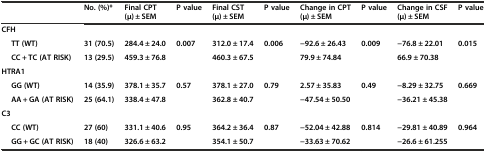
<table><thead><tr><td></td><td><b>No. (%)*</b></td><td><b>Final CPT (μ) ± SEM</b></td><td><b>P value</b></td><td><b>Final CST (μ) ± SEM</b></td><td><b>P value</b></td><td><b>Change in CPT (μ) ± SEM</b></td><td><b>P value</b></td><td><b>Change in CSF (μ) ± SEM</b></td><td><b>P value</b></td></tr></thead><tbody><tr><td><b>CFH</b></td><td></td><td></td><td></td><td></td><td></td><td></td><td></td><td></td><td></td></tr><tr><td><b>TT (WT)</b></td><td><b>31 (70.5)</b></td><td><b>284.4 ± 24.0</b></td><td rowspan="2"><b>0.007</b></td><td><b>312.0 ± 17.4</b></td><td rowspan="2"><b>0.006</b></td><td><b>−92.6 ± 26.43</b></td><td rowspan="2"><b>0.009</b></td><td><b>−76.8 ± 22.01</b></td><td rowspan="2"><b>0.015</b></td></tr><tr><td><b>CC + TC (AT RISK)</b></td><td><b>13 (29.5)</b></td><td><b>459.3 ± 76.8</b></td><td><b>460.3 ± 67.5</b></td><td><b>79.9 ± 74.84</b></td><td><b>66.9 ± 70.38</b></td></tr><tr><td><b>HTRA1</b></td><td></td><td></td><td></td><td></td><td></td><td></td><td></td><td></td><td></td></tr><tr><td><b>GG (WT)</b></td><td><b>14 (35.9)</b></td><td><b>378.1 ± 35.7</b></td><td rowspan="2"><b>0.57</b></td><td><b>378.1 ± 27.0</b></td><td rowspan="2"><b>0.79</b></td><td><b>2.57 ± 35.83</b></td><td rowspan="2"><b>0.49</b></td><td><b>−8.29 ± 32.75</b></td><td rowspan="2"><b>0.669</b></td></tr><tr><td><b>AA + GA (AT RISK)</b></td><td><b>25 (64.1)</b></td><td><b>338.4 ± 47.8</b></td><td><b>362.8 ± 40.7</b></td><td><b>−47.54 ± 50.50</b></td><td><b>−36.21 ± 45.38</b></td></tr><tr><td><b>C3</b></td><td></td><td></td><td></td><td></td><td></td><td></td><td></td><td></td><td></td></tr><tr><td><b>CC (WT)</b></td><td><b>27 (60)</b></td><td><b>331.1 ± 40.6</b></td><td rowspan="2"><b>0.95</b></td><td><b>364.2</b> <b>± 36.4</b></td><td rowspan="2"><b>0.87</b></td><td><b>−52.04 ± 42.88</b></td><td rowspan="2"><b>0.814</b></td><td><b>−29.81 ± 40.89</b></td><td rowspan="2"><b>0.964</b></td></tr><tr><td><b>GG + GC (AT RISK)</b></td><td><b>18 (40)</b></td><td><b>326.6 ± 63.2</b></td><td><b>354.1 ± 50.7</b></td><td><b>−33.63 ± 70.62</b></td><td><b>−26.6 ± 61.255</b></td></tr></tbody></table>